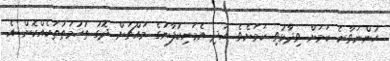
ހުންނަވާނެ ކަމަށް ވިދާޅުވި ކަމަށެވެ. އަދި އެމަނިކުފާނުގެ މައްޗަށް ދޮގު ތުހުމަތުތަކެއްކޮށް އެ